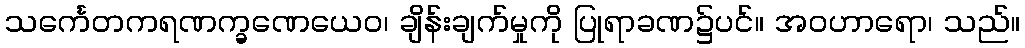
သင်္ကေတကရဏက္ခဏေယေဝ၊ ချိန်းချက်မှုကို ပြုရာခဏ၌ပင်။ အဝဟာရော၊ သည်။